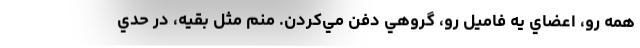
همه رو، اعضاي يه فاميل رو، گروهي دفن مي‌كردن. منم مثل بقيه، در حدي